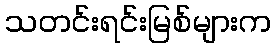
သတင်းရင်းမြစ်များက